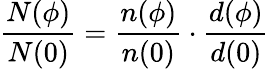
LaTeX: \frac{N(\phi)}{N(0)}=\frac{n(\phi)}{n(0)}\cdot\frac{d(\phi)}{d(0)}